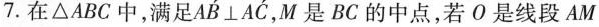
7.在△ABC中，满足AB\perp AC，M是BC的中点，若O是线段AM